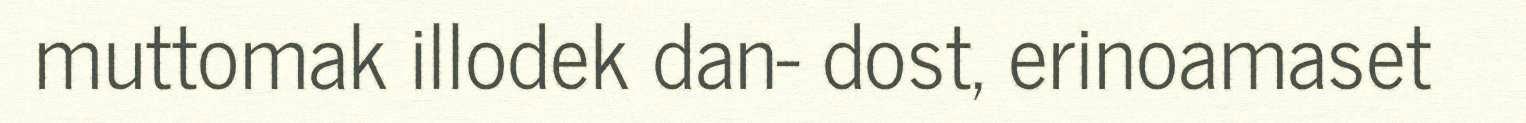
muttomak illodek dan- dost, erinoamaset